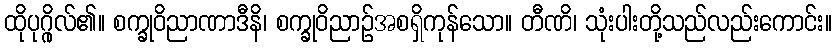
ထိုပုဂ္ဂိုလ်၏။ စက္ခုဝိညာဏာဒီနိ၊ စက္ခုဝိညာဉ်အစရှိကုန်သော။ တီဏိ၊ သုံးပါးတို့သည်လည်းကောင်း။